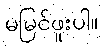
မမြင်ဖူးပါ။